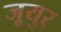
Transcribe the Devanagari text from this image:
जूयुर